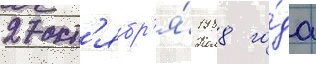
27 окт'ябр'я́ 1988 го́да